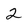
Character: 2